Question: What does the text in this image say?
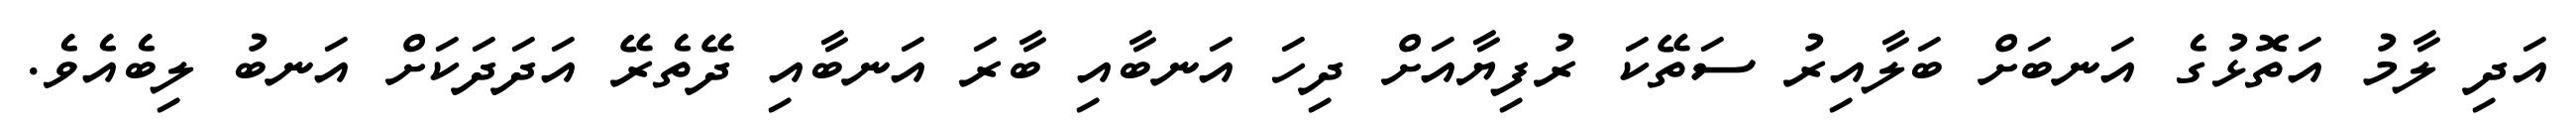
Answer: އަދި ލާމު އަތޮޅުގެ އަނބަށް ބަލާއިރު ސަތޭކަ ރުފިޔާއަށް ދިހަ އަނބާއި ބާރަ އަނބާއި ދޭތެރޭ އަދަދަކަށް އަނބު ލިބެއެވެ.